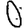
Digit: 0